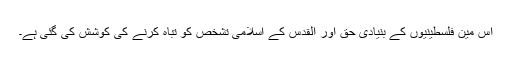
اس مین فلسطینیوں کے بنیادی حق اور القدس کے اسلامی تشخص کو تباہ کرنے کی کوشش کی گئی ہے۔